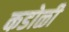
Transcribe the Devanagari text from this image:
कडोळी